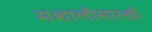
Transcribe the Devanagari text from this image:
मशालीसारखी